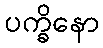
ပက္ခိနော